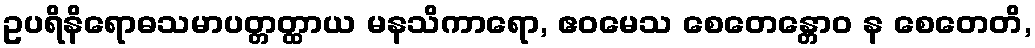
ဥပရိနိရောဓသမာပတ္တတ္ထာယ မနသိကာရော, ဧဝမေသ စေတေန္တောဝ န စေတေတိ,